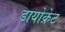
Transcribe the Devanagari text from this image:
डायोक्रेट